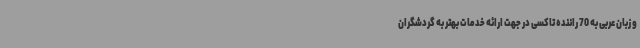
و زبان عربی به 70 راننده تاکسی در جهت ارائه خدمات بهتر به گردشگران